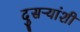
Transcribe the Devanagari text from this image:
दुसऱ्यांशी